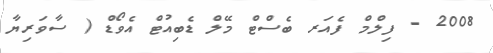
2008 - ފިލްމް ފެއަރ ބެސްޓް މޭލް ޑެބިއުޓް އެވޯޑް ( ސާވަރިޔާ